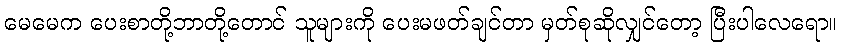
မေမေက ပေးစာတို့ဘာတို့တောင် သူများကို ပေးမဖတ်ချင်တာ မှတ်စုဆိုလျှင်တော့ ပြီးပါလေရော။